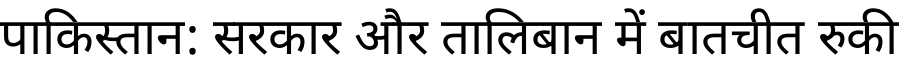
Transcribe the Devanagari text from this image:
पाकिस्तान: सरकार और तालिबान में बातचीत रुकी